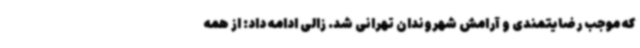
که موجب رضایتمندی و آرامش شهروندان تهرانی شد. زالی ادامه داد: از همه